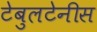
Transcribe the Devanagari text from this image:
टेबुलटेनीस